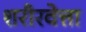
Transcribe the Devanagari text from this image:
शरीरवेत्ता